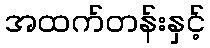
အထက်တန်းနှင့်